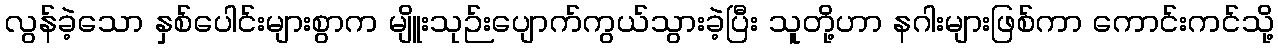
လွန်ခဲ့သော နှစ်ပေါင်းများစွာက မျိူးသုဉ်းပျောက်ကွယ်သွားခဲ့ပြီး သူတို့ဟာ နဂါးများဖြစ်ကာ ကောင်းကင်သို့